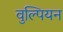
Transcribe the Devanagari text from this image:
वुल्पियन